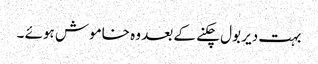
بہت دیر بول چکنے کے بعد وہ خاموش ہوئے ۔